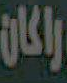
راكان